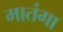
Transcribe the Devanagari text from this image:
मातंगा